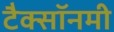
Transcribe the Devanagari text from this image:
टैक्सॉनमी